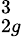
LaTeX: _{2g}^{3}